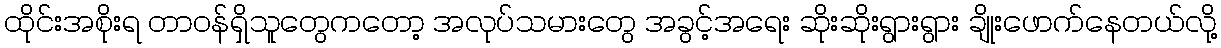
ထိုင်းအစိုးရ တာဝန်ရှိသူတွေကတော့ အလုပ်သမားတွေ အခွင့်အရေး ဆိုးဆိုးရွားရွား ချိုးဖောက်နေတယ်လို့